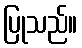
ပြုသည်။